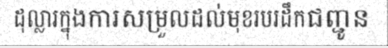
ដុល្លារក្នុងការសម្រួលដល់មុខរបរដឹកជញ្ជូន